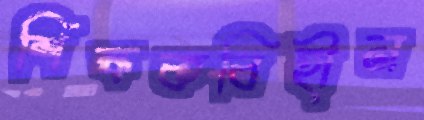
শিক্ষকবিহীন